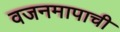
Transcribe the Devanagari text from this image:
वजनमापाची